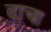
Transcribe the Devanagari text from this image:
ढा़चा